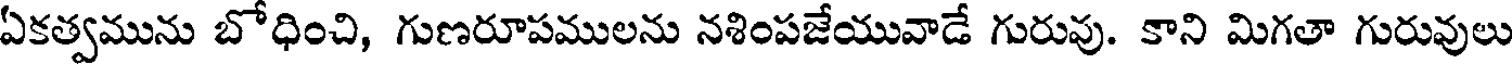
ఏకత్వమును బోధించి, గుణరూపములను నశింపజేయువాడే గురువు. కాని మిగతా గురువులు